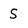
Character: S